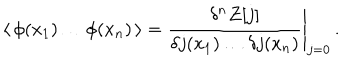
LaTeX: \langle \, \phi ( x _ { 1 } ) \dots \phi ( x _ { n } ) \, \rangle = \frac { \delta ^ { n } { \cal Z } [ j ] } { \delta j ( x _ { 1 } ) \dots \delta j ( x _ { n } ) } \Bigg | _ { j = 0 } \, .